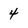
Character: 4